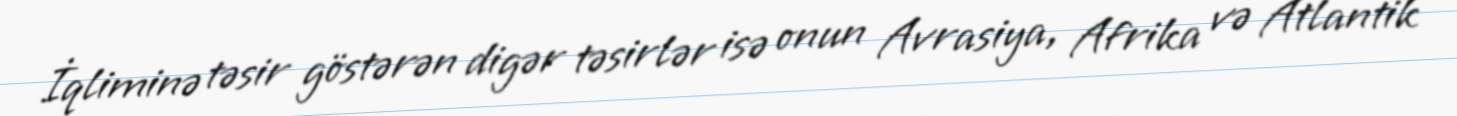
İqliminə təsir göstərən digər təsirlər isə onun Avrasiya, Afrika və Atlantik